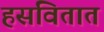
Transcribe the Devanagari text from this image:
हसवितात